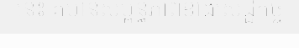
នេះ គឺមានសម្ព័ន្ធភាពខាងសេដ្ឋកិច្ច